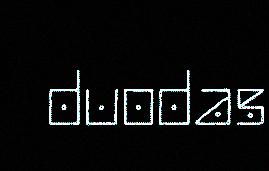
duodas